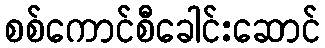
စစ်ကောင်စီခေါင်းဆောင်